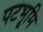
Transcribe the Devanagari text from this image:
पटभूमि